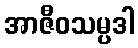
အာဇီဝသမ္ပဒါ